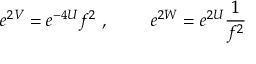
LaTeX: e ^ { 2 V } = e ^ { - 4 U } f ^ { 2 } \ , \ \qquad e ^ { 2 W } = e ^ { 2 U } \frac { 1 } { f ^ { 2 } }